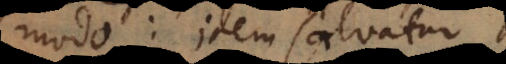
modo: idem salvat